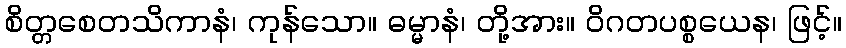
စိတ္တစေတသိကာနံ၊ ကုန်သော။ ဓမ္မာနံ၊ တို့အား။ ဝိဂတပစ္စယေန၊ ဖြင့်။